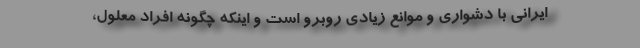
ایرانی با دشواری و موانع زیادی روبرو است و اینکه چگونه افراد معلول،